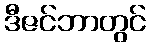
ဒီဇင်ဘာတွင်